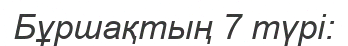
Бұршақтың 7 түрі: